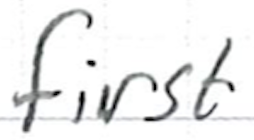
Text: first
Cross-out: clean
Writing tool: ballpoint